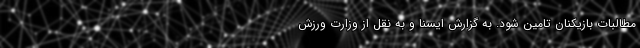
مطالبات بازیکنان تامین شود. به گزارش ایسنا و به نقل از وزارت ورزش